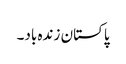
پاکستان زندہ باد۔